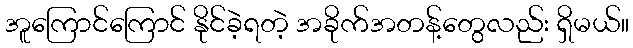
အူကြောင်ကြောင် နိုင်ခဲ့ရတဲ့ အခိုက်အတန့်တွေလည်း ရှိမယ်။